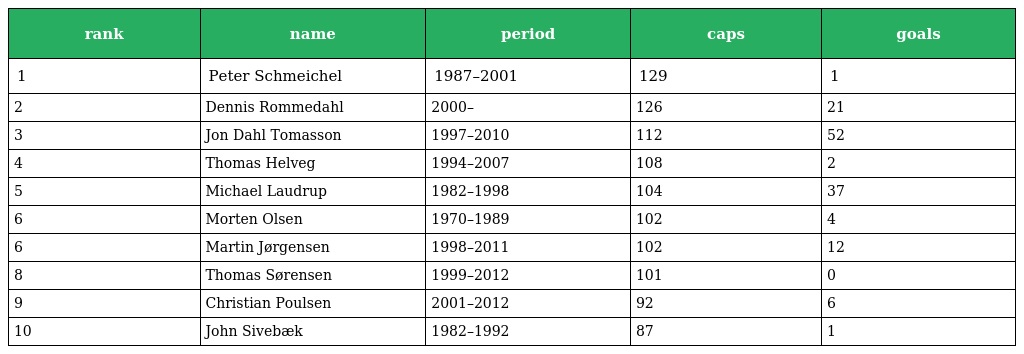
| rank | name | period | caps | goals |
 | --- | --- | --- | --- | --- |
 | 1 | Peter Schmeichel | 1987–2001 | 129 | 1 |
 | 2 | Dennis Rommedahl | 2000– | 126 | 21 |
 | 3 | Jon Dahl Tomasson | 1997–2010 | 112 | 52 |
 | 4 | Thomas Helveg | 1994–2007 | 108 | 2 |
 | 5 | Michael Laudrup | 1982–1998 | 104 | 37 |
 | 6 | Morten Olsen | 1970–1989 | 102 | 4 |
 | 6 | Martin Jørgensen | 1998–2011 | 102 | 12 |
 | 8 | Thomas Sørensen | 1999–2012 | 101 | 0 |
 | 9 | Christian Poulsen | 2001–2012 | 92 | 6 |
 | 10 | John Sivebæk | 1982–1992 | 87 | 1 |